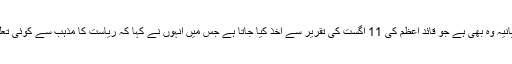
احمد: ایک بیانیہ وہ بھی ہے جو قائد اعظم کی 11 اگست کی تقریر سے اخذ کیا جاتا ہے جس میں انہوں نے کہا کہ ریاست کا مذہب سے کوئی تعلق نہیں ہوگا۔